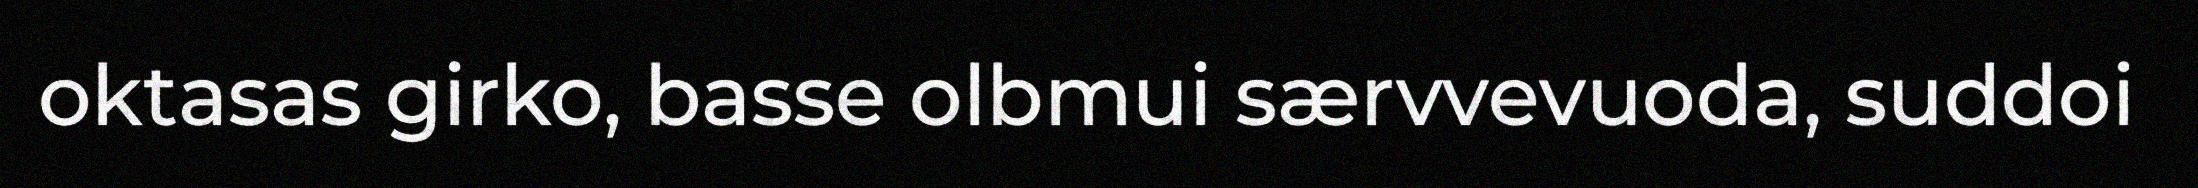
oktasas girko, basse olbmui særvvevuoda, suddoi